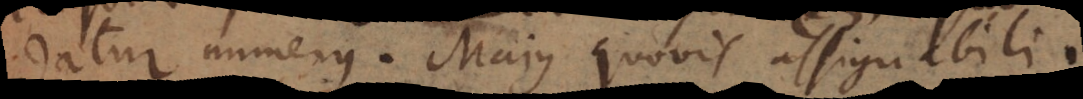
datur numerus, Majus quovis assignabili.